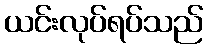
ယင်းလုပ်ရပ်သည်